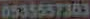
0535557303